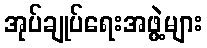
အုပ်ချုပ်ရေးအဖွဲ့များ